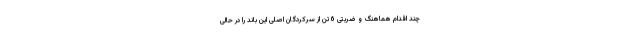
چند اقدام هماهنگ و ضربتی 6 تن از سرکردگان اصلی این باند را در حالی